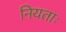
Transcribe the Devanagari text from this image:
नियताः